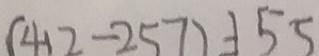
( 4 1 2 - 2 5 7 ) = 1 5 5